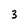
Character: 3